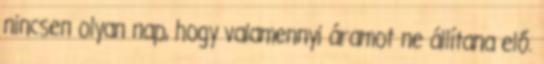
nincsen olyan nap, hogy valamennyi áramot ne állítana elő.